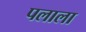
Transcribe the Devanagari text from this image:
पलाला